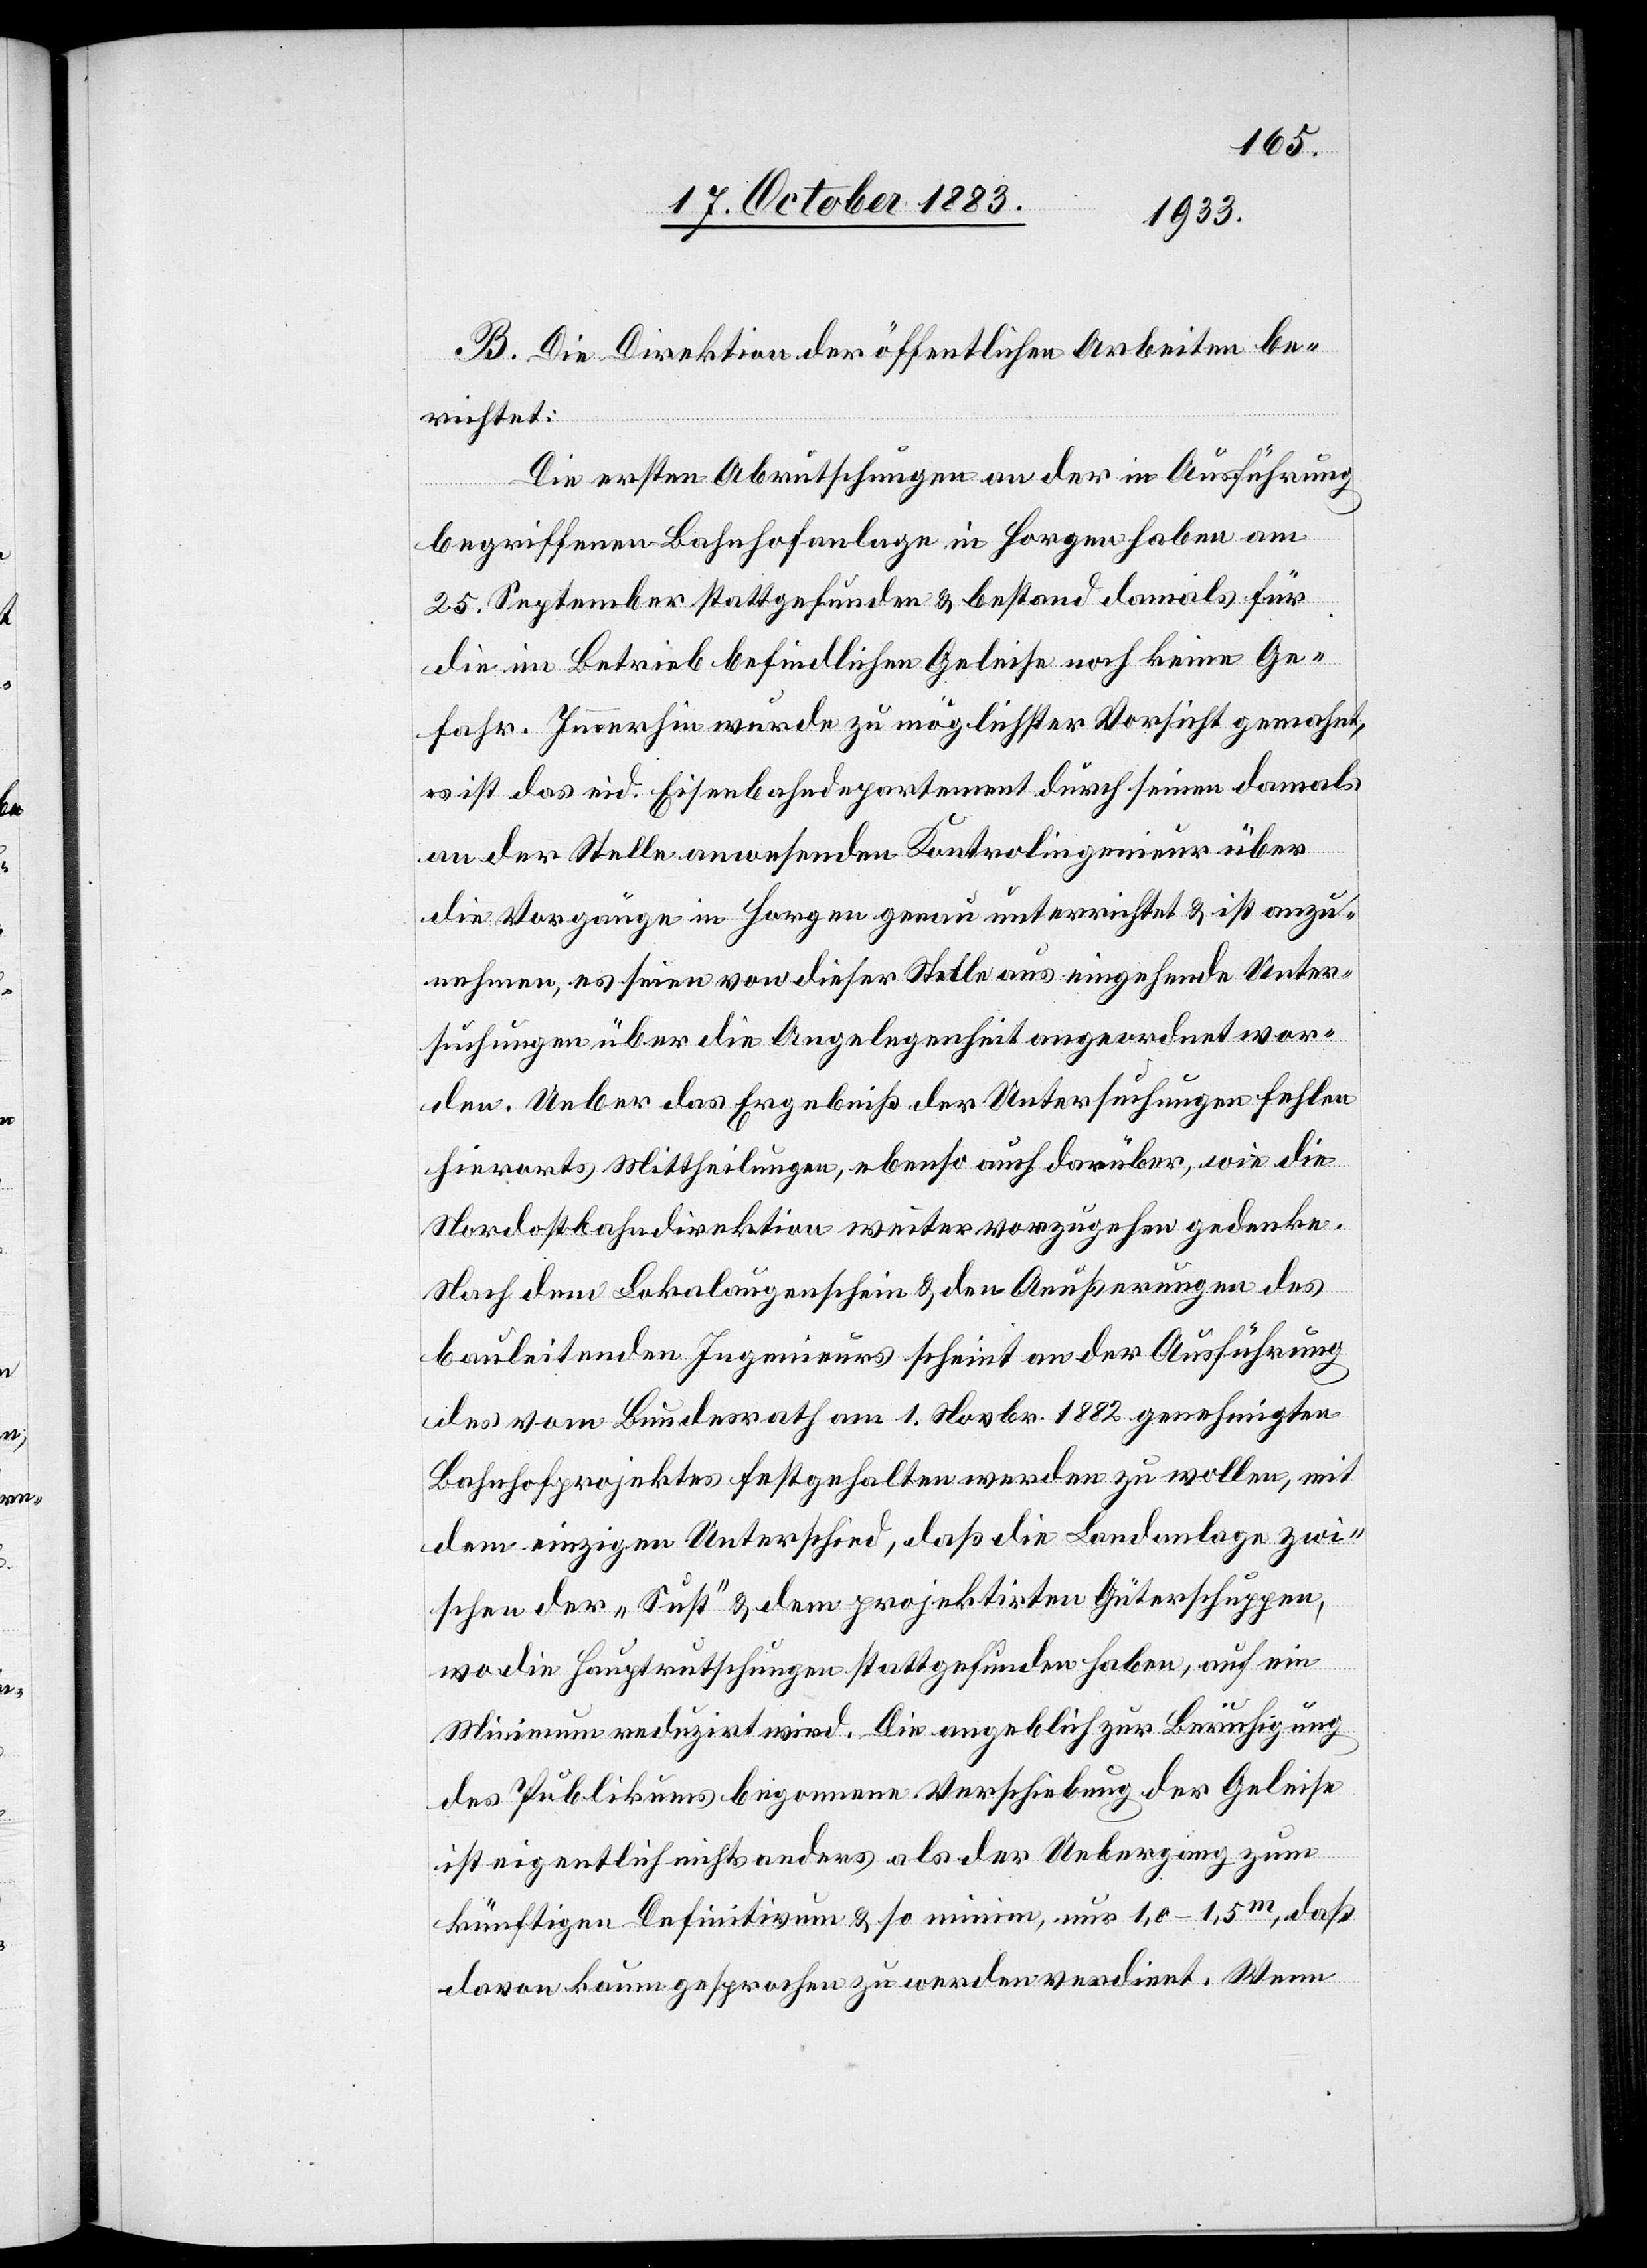
B. Die Direktion der öffentlichen Arbeiten be¬
richtet:
Die ersten Abrutschungen an der in Ausführung
begriffenen Bahnhofanlage in Horgen haben am
25. September stattgefunden & bestand damals für
die im Betrieb befindlichen Geleise noch keine Ge¬
fahr. Immerhin wurde zu möglichster Vorsicht gemahnt,
es ist das eid. Eisenbahndepartement durch seinen damals
an der Stelle anwesenden Kontrolingenieur über
die Vorgänge in Horgen genau unterrichtet & ist anzu¬
nehmen, es seien von dieser Stelle aus eingehende Unter¬
suchungen über die Angelegenheit angeordnet wor¬
den. Ueber das Ergebniß der Untersuchungen fehlen
hierorts Mittheilungen, ebenso auch darüber, wie die
Nordostbahndirektion weiter vorzugehen gedenke.
Nach dem Lokalaugenschein & den Aeußerungen des
bauleitenden Ingenieurs scheint an der Ausführung
des vom Bundesrath am 1. Novbr. 1882 genehmigten
Bahnhofprojektes festgehalten werden zu wollen, mit
dem einzigen Unterschied, daß die Landanlage zwi¬
schen der „Sust“ & dem projektirten Güterschuppen,
wo die Hauptrutschungen stattgefunden haben, auf ein
Minimum reduzirt wird. Die angeblich zur Beruhigung
des Publikums begonnene Vorschiebung der Geleise
ist eigentlich nichts anders als der Uebergang zum
künftigen Definitivum & so minim, nur 1,0–1,5m, daß
davon kaum gesprochen zu werden verdient. Wenn